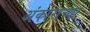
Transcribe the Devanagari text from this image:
अंकाराच्या